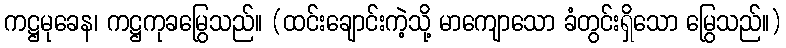
ကဋ္ဌမုခေန၊ ကဋ္ဌကုခမြွေသည်။ (ထင်းချောင်းကဲ့သို့ မာကျောသော ခံတွင်းရှိသော မြွေသည်။)